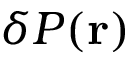
\delta P ( \mathbf { r } )